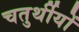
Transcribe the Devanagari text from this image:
चतुर्थीयों